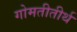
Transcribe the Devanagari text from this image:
गोमतीतीर्थ